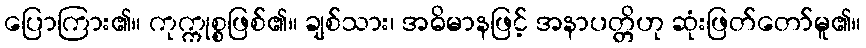
ပြောကြား၏။ ကုက္ကုစ္စဖြစ်၏။ ချစ်သား၊ အဓိမာနဖြင့် အနာပတ္တိဟု ဆုံးဖြတ်တော်မူ၏။